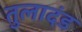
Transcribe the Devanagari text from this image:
तुलादंड